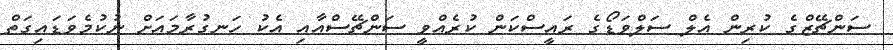
ސަންޗޭޒްގެ ކުރިން އެލް ސަލްވަޑޯގެ ރައީސްކަން ކުރެއްވީ ސަންޗޭސްއާއި އެކު ހަނގުރާމައަށް ނުކުމެވަޑައިގަތް